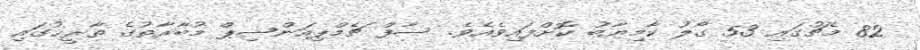
82 މެޗުގައި 53 ގޯލު ކާމިޔާބު ކޮށްފައިވެއެވެ. ސާފް ޗެމްޕިއަންޝިޕް މުބާރާތުގެ ތާރީޚުގައި